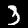
Digit: 3